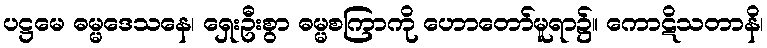
ပဋ္ဌမေ ဓမ္မဒေသနေ၊ ရှေးဦးစွာ ဓမ္မစကြာကို ဟောတော်မူရာ၌။ ကောဋိသတာနိ၊